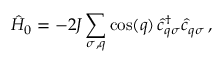
\hat { H } _ { 0 } = - 2 J \sum _ { \sigma , q } \cos ( q ) \, \hat { c } _ { q \sigma } ^ { \dagger } \hat { c } _ { q \sigma } \, ,